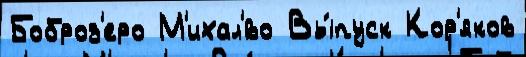
Боброз'еро М'ихал'́во Вы́пуск Кор'яков